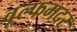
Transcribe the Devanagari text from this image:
वूल्‍फमदर